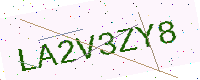
Text: LA2V3ZY8